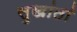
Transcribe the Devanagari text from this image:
सुखांतां